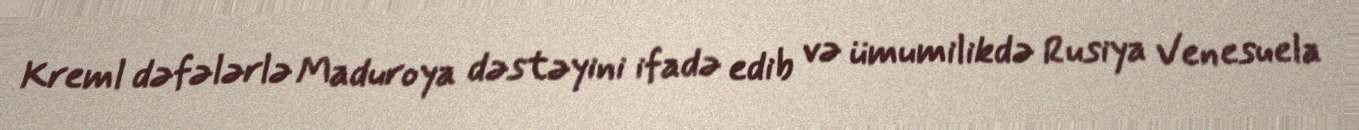
Kreml dəfələrlə Maduroya dəstəyini ifadə edib və ümumilikdə Rusiya Venesuela